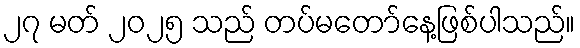
၂၇ မတ် ၂၀၂၅ သည် တပ်မတော်နေ့ဖြစ်ပါသည်။